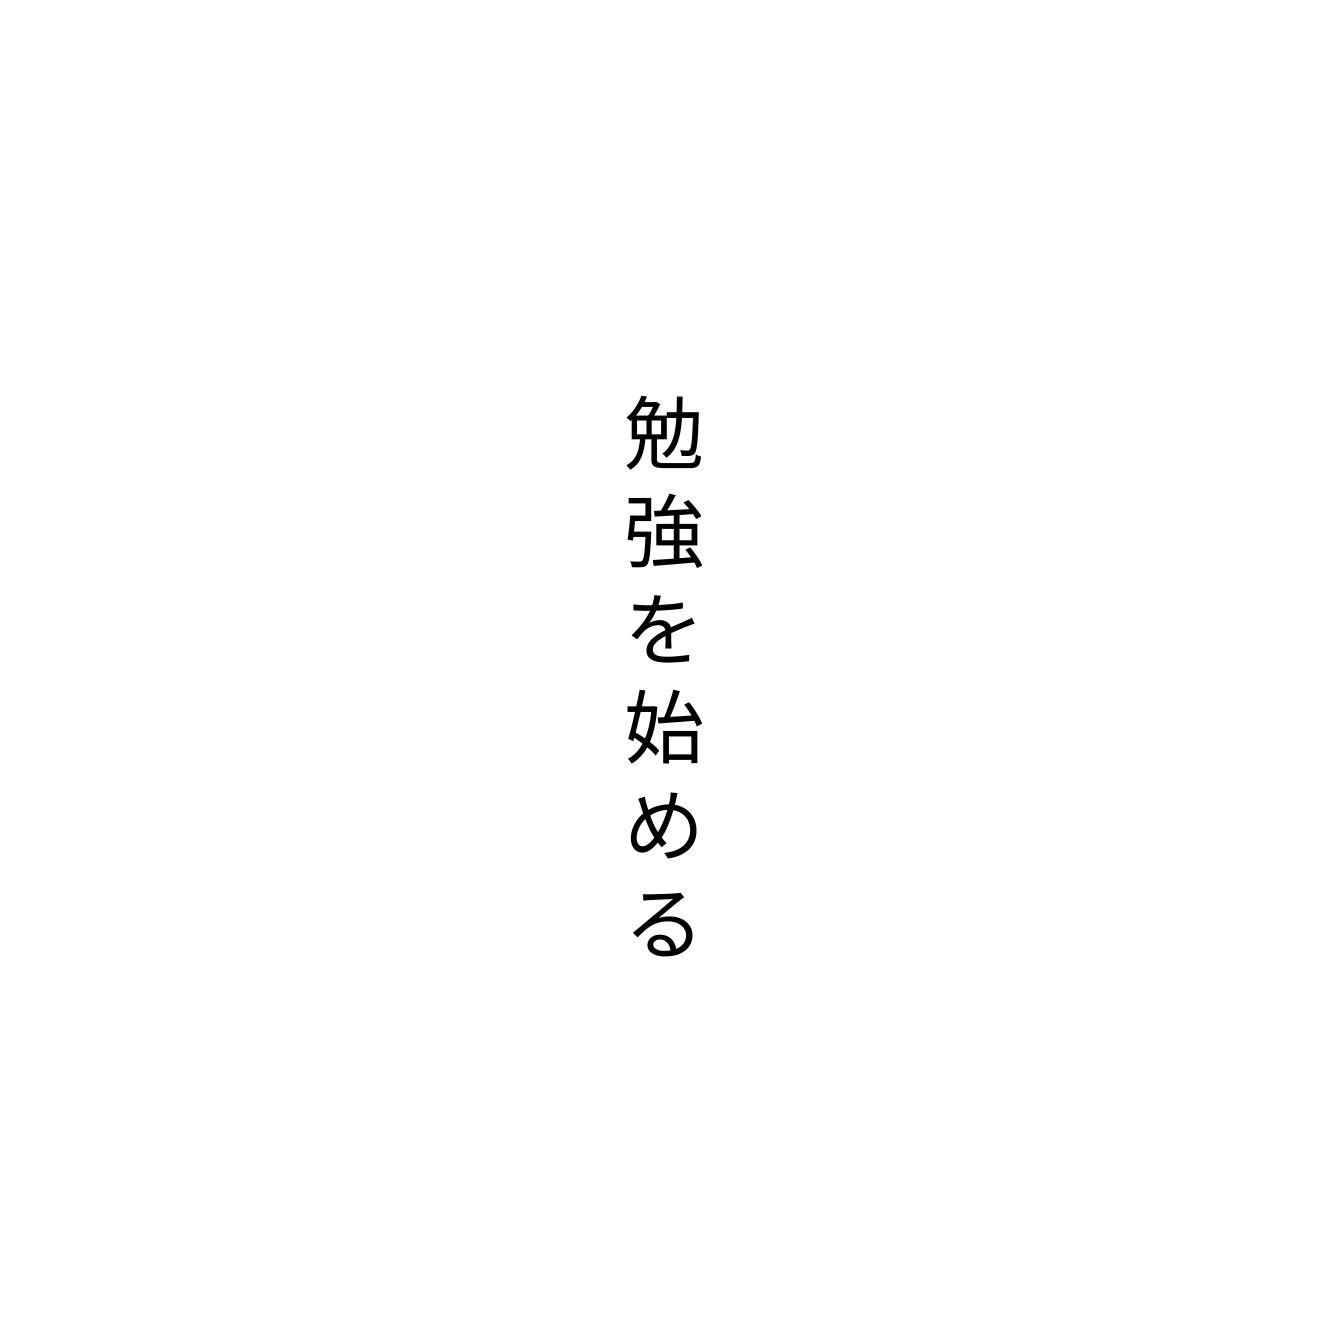
勉強を始める